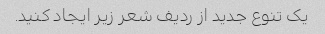
یک تنوع جدید از ردیف شعر زیر ایجاد کنید.